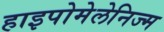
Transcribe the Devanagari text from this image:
हाइपोमेलेनिज्म